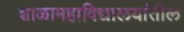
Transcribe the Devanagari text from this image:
शाळामहाविद्यालयांतील